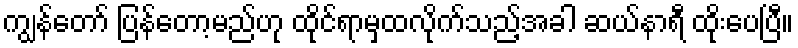
ကျွန်တော် ပြန်တော့မည်ဟု ထိုင်ရာမှထလိုက်သည့်အခါ ဆယ်နာရီ ထိုးပေပြီ။